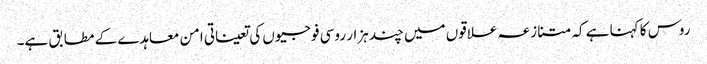
روس کا کہنا ہے کہ متنازعہ علاقوں میں چند ہزار روسی فوجیوں کی تعیناتی امن معاہدے کے مطابق ہے۔